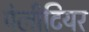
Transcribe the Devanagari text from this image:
पेलीटियर